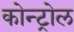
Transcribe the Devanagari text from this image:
कोन्ट्रोल